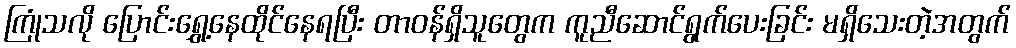
ကြုံသလို ပြောင်းရွှေ့နေထိုင်နေရပြီး တာဝန်ရှိသူတွေက ကူညီဆောင်ရွက်ပေးခြင်း မရှိသေးတဲ့အတွက်